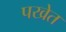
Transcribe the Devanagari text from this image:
पखेत